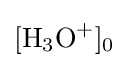
{[\mathrm {H} {\vphantom {A}}_{\smash[{t}]{3}}\mathrm {O} {\vphantom {A}}^{+}]{\vphantom {A}}_{\smash[{t}]{0}}}